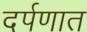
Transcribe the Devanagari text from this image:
दर्पणात